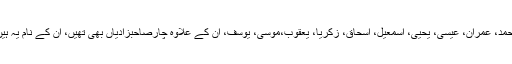
محمد، عمران، عیسیٰ، یحییٰ، اسمعیل، اسحاق، زکریا، یعقوب،موسی، یوسف، ان کے علاوہ چارصاحبزادیاں بھی تھیں، ان کے نام یہ ہیں۔